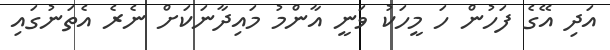
އަދި އޭގެ ފަހުން ހަ މީހަކު ވަނީ އާންމު މައިދާނަކަށް ނެރެ އެތަނުގައި